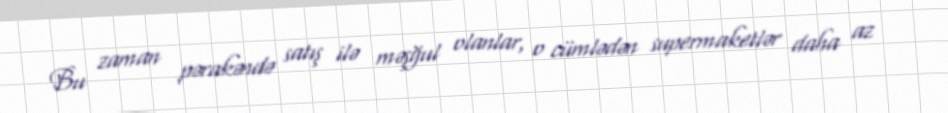
Bu zaman pərakəndə satış ilə məşğul olanlar, o cümlədən supermaketlər daha az